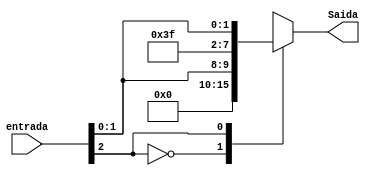
module ExtendeSinal(entrada,Saida);


input wire[2:0]entrada;
output reg[7:0]Saida;

always @(entrada)begin
   case(entrada[2])
   1'b0: Saida = {5'b00000, entrada};
   1'b1: Saida = {5'b11111, entrada};
   endcase
end
endmodule